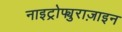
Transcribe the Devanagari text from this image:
नाइट्रोफ्युराज़ाइन